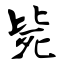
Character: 毙